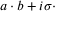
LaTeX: a \cdot b + i \sigma \cdot